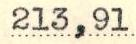
213,91